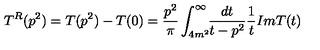
T ^ { R } ( p ^ { 2 } ) = T ( p ^ { 2 } ) - T ( 0 ) = \frac { p ^ { 2 } } { \pi } \int _ { 4 m ^ { 2 } } ^ { \infty } \! \! \frac { d t } { t - p ^ { 2 } } \frac { 1 } { t } I m T ( t )